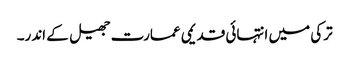
ترکی میں انتہائی قدیمی عمارت جھیل کے اندر۔